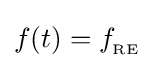
f(t)=f_{_{\text{RE}}}